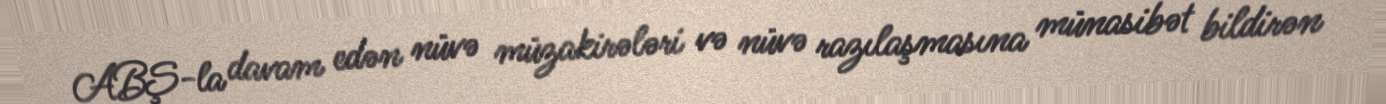
ABŞ-la davam edən nüvə müzakirələri və nüvə razılaşmasına münasibət bildirən